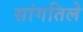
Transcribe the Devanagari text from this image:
सांगतिले